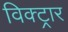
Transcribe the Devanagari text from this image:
विक्ट्रार